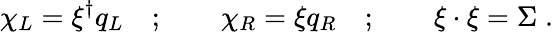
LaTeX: \chi_{L}=\xi^{\dagger}q_{L}\quad;\qquad\chi_{R}=\xi q_{R}\quad;\qquad\xi\cdot\xi=\Sigma\; .